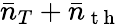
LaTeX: \bar{n}_{T}+\bar{n}_{\mathrm{~t~h~}}